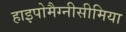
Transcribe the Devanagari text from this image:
हाइपोमैग्नीसीमिया